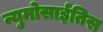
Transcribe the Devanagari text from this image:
न्युमोसाईतिस